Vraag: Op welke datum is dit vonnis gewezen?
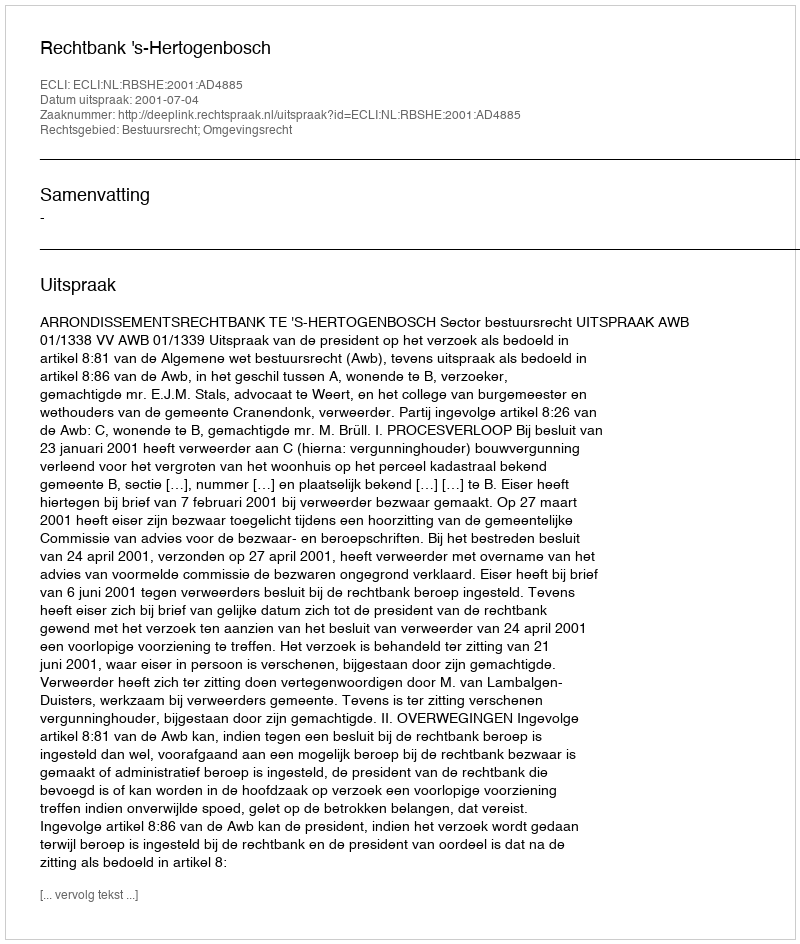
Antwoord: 2001-07-04